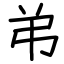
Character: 弚